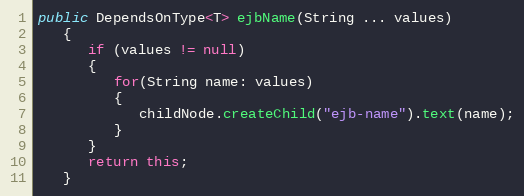
Language: Java
public DependsOnType<T> ejbName(String ... values)
   {
      if (values != null)
      {
         for(String name: values)
         {
            childNode.createChild("ejb-name").text(name);
         }
      }
      return this;
   }